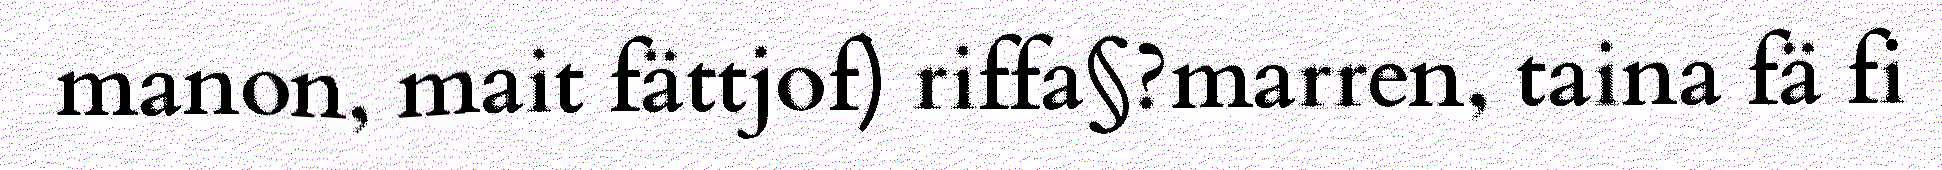
manon, mait fättjof) riffa§?marren, taina fä fi